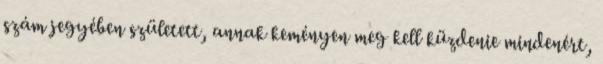
szám jegyében született, annak keményen meg kell küzdenie mindenért,